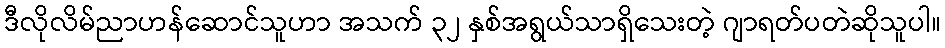
ဒီလိုလိမ်ညာဟန်ဆောင်သူဟာ အသက် ၃၂ နှစ်အရွယ်သာရှိသေးတဲ့ ဂျာရတ်ပတဲဆိုသူပါ။